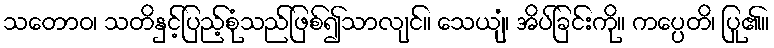
သတောဝ၊ သတိနှင့်ပြည့်စုံသည်ဖြစ်၍သာလျင်။ သေယျံ၊ အိပ်ခြင်းကို။ ကပ္ပေတိ၊ ပြု၏။